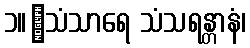
၁။	သံသာရေ သံသရန္တာနံ၊